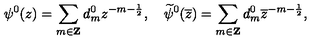
\psi ^ { 0 } ( z ) = \sum _ { m \in { \bf Z } } d _ { m } ^ { 0 } z ^ { - m - \frac { 1 } { 2 } } , \quad \widetilde { \psi } ^ { 0 } ( \overline { { z } } ) = \sum _ { m \in { \bf Z } } d _ { m } ^ { 0 } \overline { { z } } ^ { - m - \frac { 1 } { 2 } } ,